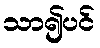
သာ၍ပင်